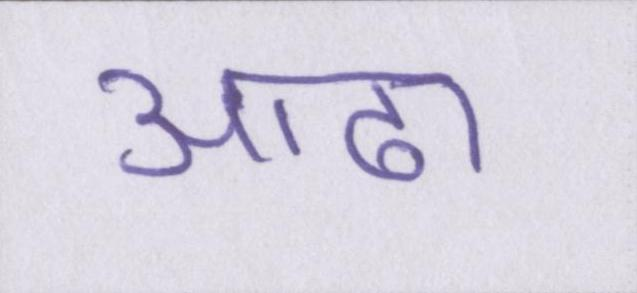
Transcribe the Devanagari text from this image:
आढा